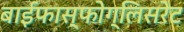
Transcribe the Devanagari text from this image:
बाईफास्फोग्लिसरेट